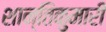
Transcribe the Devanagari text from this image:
शान्तिकुमारी